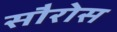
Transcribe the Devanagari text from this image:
सौरोस